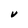
Character: V